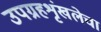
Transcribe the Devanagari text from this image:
उपग्रहशृंखलेचा